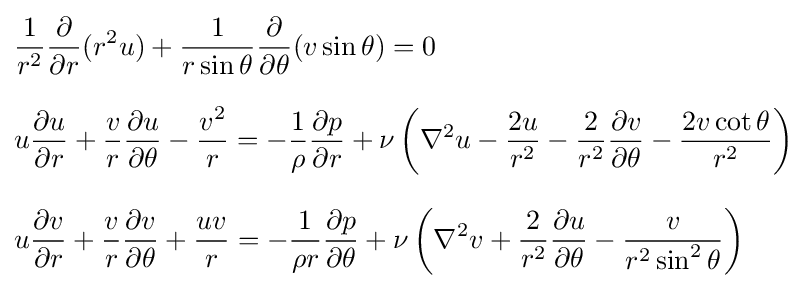
{\begin{aligned}&{\frac {1}{r^{2}}}{\frac {\partial }{\partial r}}(r^{2}u)+{\frac {1}{r\sin \theta }}{\frac {\partial }{\partial \theta }}(v\sin \theta )=0\\[8pt]&u{\frac {\partial u}{\partial r}}+{\frac {v}{r}}{\frac {\partial u}{\partial \theta }}-{\frac {v^{2}}{r}}=-{\frac {1}{\rho }}{\frac {\partial p}{\partial r}}+\nu \left(\nabla ^{2}u-{\frac {2u}{r^{2}}}-{\frac {2}{r^{2}}}{\frac {\partial v}{\partial \theta }}-{\frac {2v\cot \theta }{r^{2}}}\right)\\[8pt]&u{\frac {\partial v}{\partial r}}+{\frac {v}{r}}{\frac {\partial v}{\partial \theta }}+{\frac {uv}{r}}=-{\frac {1}{\rho r}}{\frac {\partial p}{\partial \theta }}+\nu \left(\nabla ^{2}v+{\frac {2}{r^{2}}}{\frac {\partial u}{\partial \theta }}-{\frac {v}{r^{2}\sin ^{2}\theta }}\right)\end{aligned}}